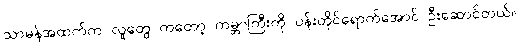
သာမန်အထက်က လူတွေ ကတော့ ကမ္ဘာကြီးကို ပန်းတိုင်ရောက်အောင် ဦးဆောင်တယ်။